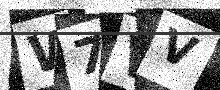
Text: W7VV